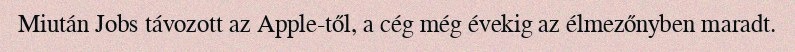
Miután Jobs távozott az Apple-től, a cég még évekig az élmezőnyben maradt.